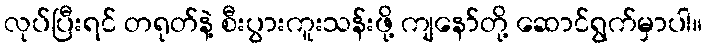
လုပ်ပြီးရင် တရုတ်နဲ့ စီးပွားကူးသန်းဖို့ ကျနော်တို့ ဆောင်ရွက်မှာပါ။